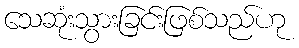
သေဆုံးသွားခြင်းဖြစ်သည်ဟု